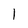
Character: 1